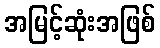
အမြင့်ဆုံးအဖြစ်